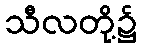
သီလတို့၌